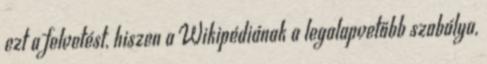
ezt a felvetést, hiszen a Wikipédiának a legalapvetőbb szabálya,